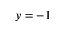
y = - 1